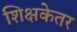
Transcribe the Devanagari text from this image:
शिक्षकेतर